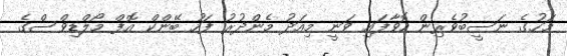
މަހުގެ ނަސީބުވެރިން ހޮވާފައި ވަނީ މިއަދު މެންދުރު ފަހު ބޭންކް އޮފް މޯލްޑިވްސްގެ